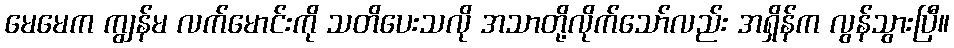
မေမေက ကျွန်မ လက်မောင်းကို သတိပေးသလို အသာတို့လိုက်သော်လည်း အရှိန်က လွန်သွားပြီ။